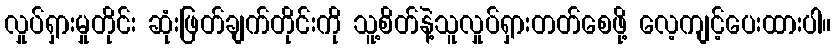
လှုပ်ရှားမှုတိုင်း ဆုံးဖြတ်ချက်တိုင်းကို သူ့စိတ်နဲ့သူလှုပ်ရှားတတ်စေဖို့ လေ့ကျင့်ပေးထားပါ။